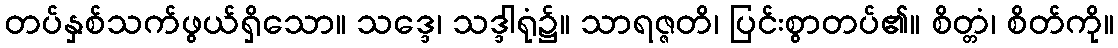
တပ်နှစ်သက်ဖွယ်ရှိသော။ သဒ္ဒေ၊ သဒ္ဒါရုံ၌။ သာရဇ္ဇတိ၊ ပြင်းစွာတပ်၏။ စိတ္တံ၊ စိတ်ကို။